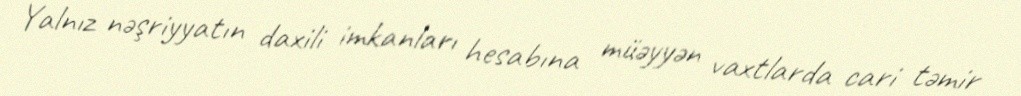
Yalnız nəşriyyatın daxili imkanları hesabına müəyyən vaxtlarda cari təmir